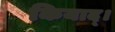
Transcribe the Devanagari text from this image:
कियाद्।